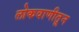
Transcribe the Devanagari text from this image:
लोकवाणीतून